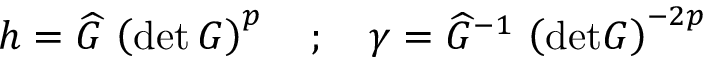
h = \widehat { G } \, \left( \mathrm { d e t } \, G \right) ^ { p } \quad ; \quad \gamma = \widehat { G } ^ { - 1 } \, \left( \mathrm { d e t } G \right) ^ { - 2 p }